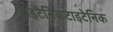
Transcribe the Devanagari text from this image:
टाइटैनिकटाइटेनिक